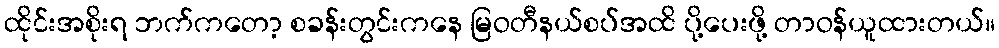
ထိုင်းအစိုးရ ဘက်ကတော့ စခန်းတွင်းကနေ မြဝတီနယ်စပ်အထိ ပို့ပေးဖို့ တာဝန်ယူထားတယ်။